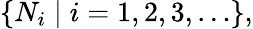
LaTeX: \{ N_{i}\mid i=1,2,3,\ldots\} ,